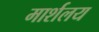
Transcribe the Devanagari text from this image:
मार्शलय